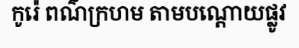
កូរ៉េ ពណ៌ក្រហម តាមបណ្តោយផ្លូវ